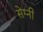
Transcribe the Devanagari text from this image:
सेग्नी